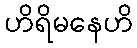
ဟိရိမနေဟိ